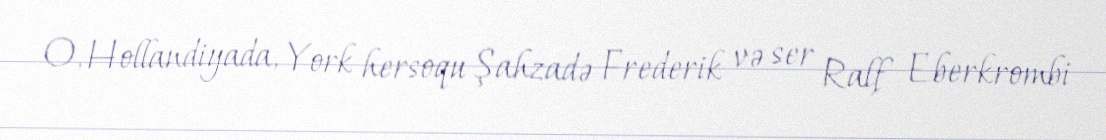
O, Hollandiyada, York hersoqu Şahzadə Frederik və ser Ralf Eberkrombi